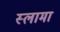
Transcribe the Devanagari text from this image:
स्लामा